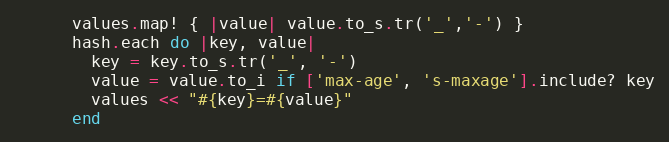
Language: Ruby
      values.map! { |value| value.to_s.tr('_','-') }
      hash.each do |key, value|
        key = key.to_s.tr('_', '-')
        value = value.to_i if ['max-age', 's-maxage'].include? key
        values << "#{key}=#{value}"
      end